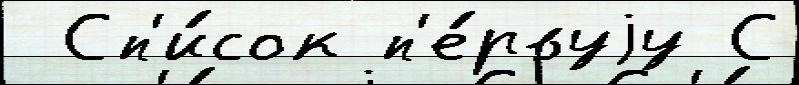
 Сп'и́сок п'е́рвуjу С